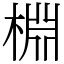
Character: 棩